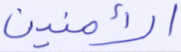
الآمنين